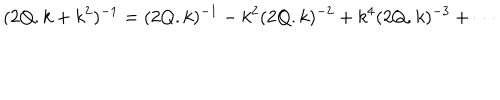
( 2 Q . k + k ^ { 2 } ) ^ { - 1 } = ( 2 Q . k ) ^ { - 1 } - k ^ { 2 } ( 2 Q . k ) ^ { - 2 } + k ^ { 4 } ( 2 Q . k ) ^ { - 3 } + \cdots